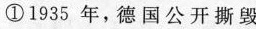
①1935年，德国公开撕毁